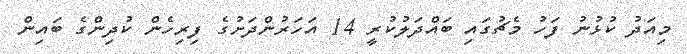
މިއަދު ކުޅުނު ފަހު މެޗުގައި ބައްދަލުކުރީ 14 އަހަރުންދަށުގެ ފިރިހެން ކުދިންގެ ބައިން